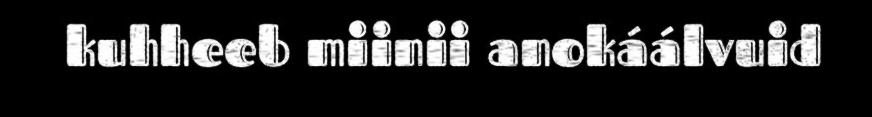
kuhheeb miinii anokáálvuid